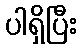
ပါရှိပြီး